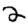
Digit: 2